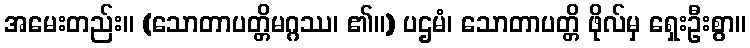
အမေးတည်း။ (သောတာပတ္တိမဂ္ဂဿ၊ ၏။) ပဌမံ၊ သောတာပတ္တိ ဖိုလ်မှ ရှေးဦးစွာ။